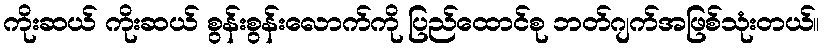
ကိုးဆယ် ကိုးဆယ် စွန်းစွန်းလောက်ကို ပြည်ထောင်စု ဘတ်ဂျက်အဖြစ်သုံးတယ်။